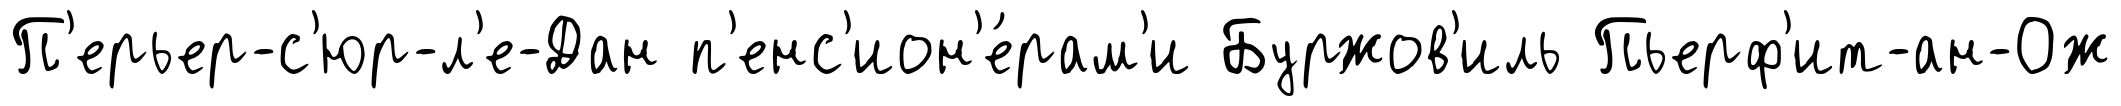
П'ерьер-с'юр-л'е-Дан п'енс'ион'е́рам'и Буржов'иль Пьерф'ит-ан-Ож